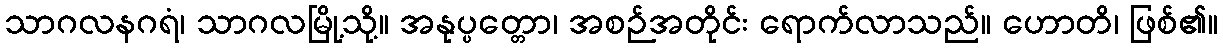
သာဂလနဂရံ၊ သာဂလမြို့သို့။ အနုပ္ပတ္တော၊ အစဉ်အတိုင်း ရောက်လာသည်။ ဟောတိ၊ ဖြစ်၏။